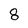
Character: 8